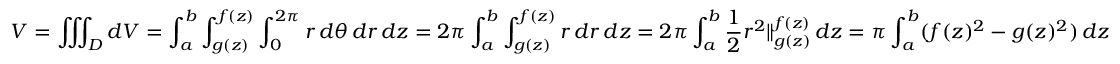
V = \iiint _ { D } d V = \int _ { a } ^ { b } \int _ { g ( z ) } ^ { f ( z ) } \int _ { 0 } ^ { 2 \pi } r \, d \theta \, d r \, d z = 2 \pi \int _ { a } ^ { b } \int _ { g ( z ) } ^ { f ( z ) } r \, d r \, d z = 2 \pi \int _ { a } ^ { b } { \frac { 1 } { 2 } } r ^ { 2 } \Vert _ { g ( z ) } ^ { f ( z ) } \, d z = \pi \int _ { a } ^ { b } ( f ( z ) ^ { 2 } - g ( z ) ^ { 2 } ) \, d z